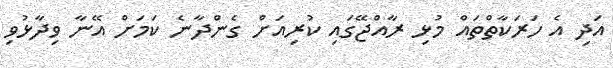
އަދި އެ ހަރަކާތްތައް މުޅި ރާއްޖޭގައި ކުރިއަށް ގެންދާނެ ކަމަށް އޭނާ ވިދާޅުވި